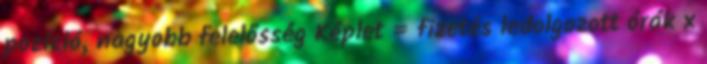
pozíció, nagyobb felelősség Képlet = fizetés ledolgozott órák x